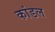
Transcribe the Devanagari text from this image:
कांडल